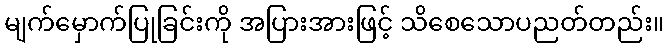
မျက်မှောက်ပြုခြင်းကို အပြားအားဖြင့် သိစေသောပညတ်တည်း။